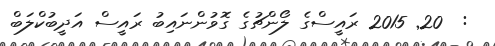
:  20